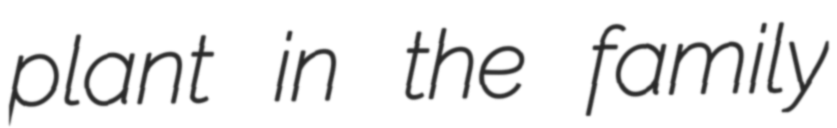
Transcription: plant in the family